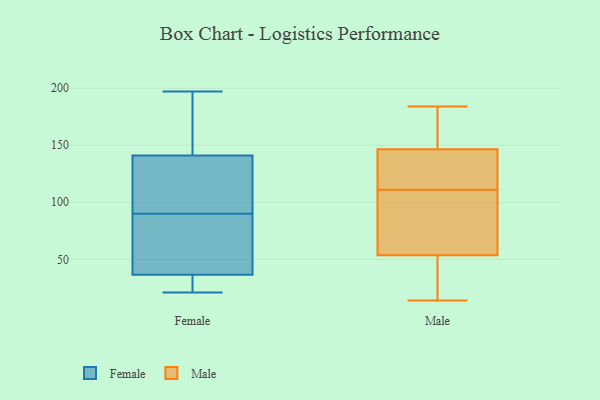
{"axis": {"x": "Bounce Rate (%)", "y": "Value"}, "legend": ["Female", "Male"], "data": [{"x": "", "y": 21, "type": "Female"}, {"x": "", "y": 167, "type": "Female"}, {"x": "", "y": 27, "type": "Female"}, {"x": "", "y": 120, "type": "Female"}, {"x": "", "y": 41, "type": "Female"}, {"x": "", "y": 34, "type": "Female"}, {"x": "", "y": 92, "type": "Female"}, {"x": "", "y": 28, "type": "Female"}, {"x": "", "y": 118, "type": "Female"}, {"x": "", "y": 90, "type": "Female"}, {"x": "", "y": 151, "type": "Female"}, {"x": "", "y": 67, "type": "Female"}, {"x": "", "y": 58, "type": "Female"}, {"x": "", "y": 145, "type": "Female"}, {"x": "", "y": 35, "type": "Female"}, {"x": "", "y": 54, "type": "Female"}, {"x": "", "y": 165, "type": "Female"}, {"x": "", "y": 129, "type": "Female"}, {"x": "", "y": 197, "type": "Female"}, {"x": "", "y": 16, "type": "Male"}, {"x": "", "y": 133, "type": "Male"}, {"x": "", "y": 14, "type": "Male"}, {"x": "", "y": 154, "type": "Male"}, {"x": "", "y": 34, "type": "Male"}, {"x": "", "y": 102, "type": "Male"}, {"x": "", "y": 167, "type": "Male"}, {"x": "", "y": 54, "type": "Male"}, {"x": "", "y": 158, "type": "Male"}, {"x": "", "y": 184, "type": "Male"}, {"x": "", "y": 144, "type": "Male"}, {"x": "", "y": 127, "type": "Male"}, {"x": "", "y": 111, "type": "Male"}, {"x": "", "y": 83, "type": "Male"}, {"x": "", "y": 102, "type": "Male"}, {"x": "", "y": 140, "type": "Male"}, {"x": "", "y": 52, "type": "Male"}]}